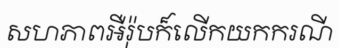
សហភាពអឺរ៉ុបក៏លើកយកករណី